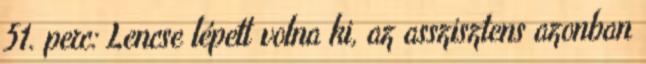
51. perc: Lencse lépett volna ki, az asszisztens azonban